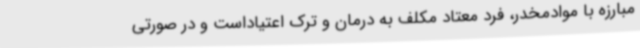
مبارزه با موادمخدر، فرد معتاد مکلف به درمان و ترک اعتیاداست و در صورتی